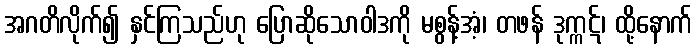
အဂတိလိုက်၍ နှင်ကြသည်ဟု ပြောဆိုသောဝါဒကို မစွန့်အံ့၊ တဖန် ဒုက္ကဋ်၊ ထို့နောက်